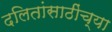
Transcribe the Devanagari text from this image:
दलितांसाठींच्या